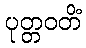
ပုတ္တဝတိံ